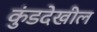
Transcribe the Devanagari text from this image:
कुंडदेखील